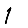
Digit: 1